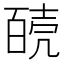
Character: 𰋊